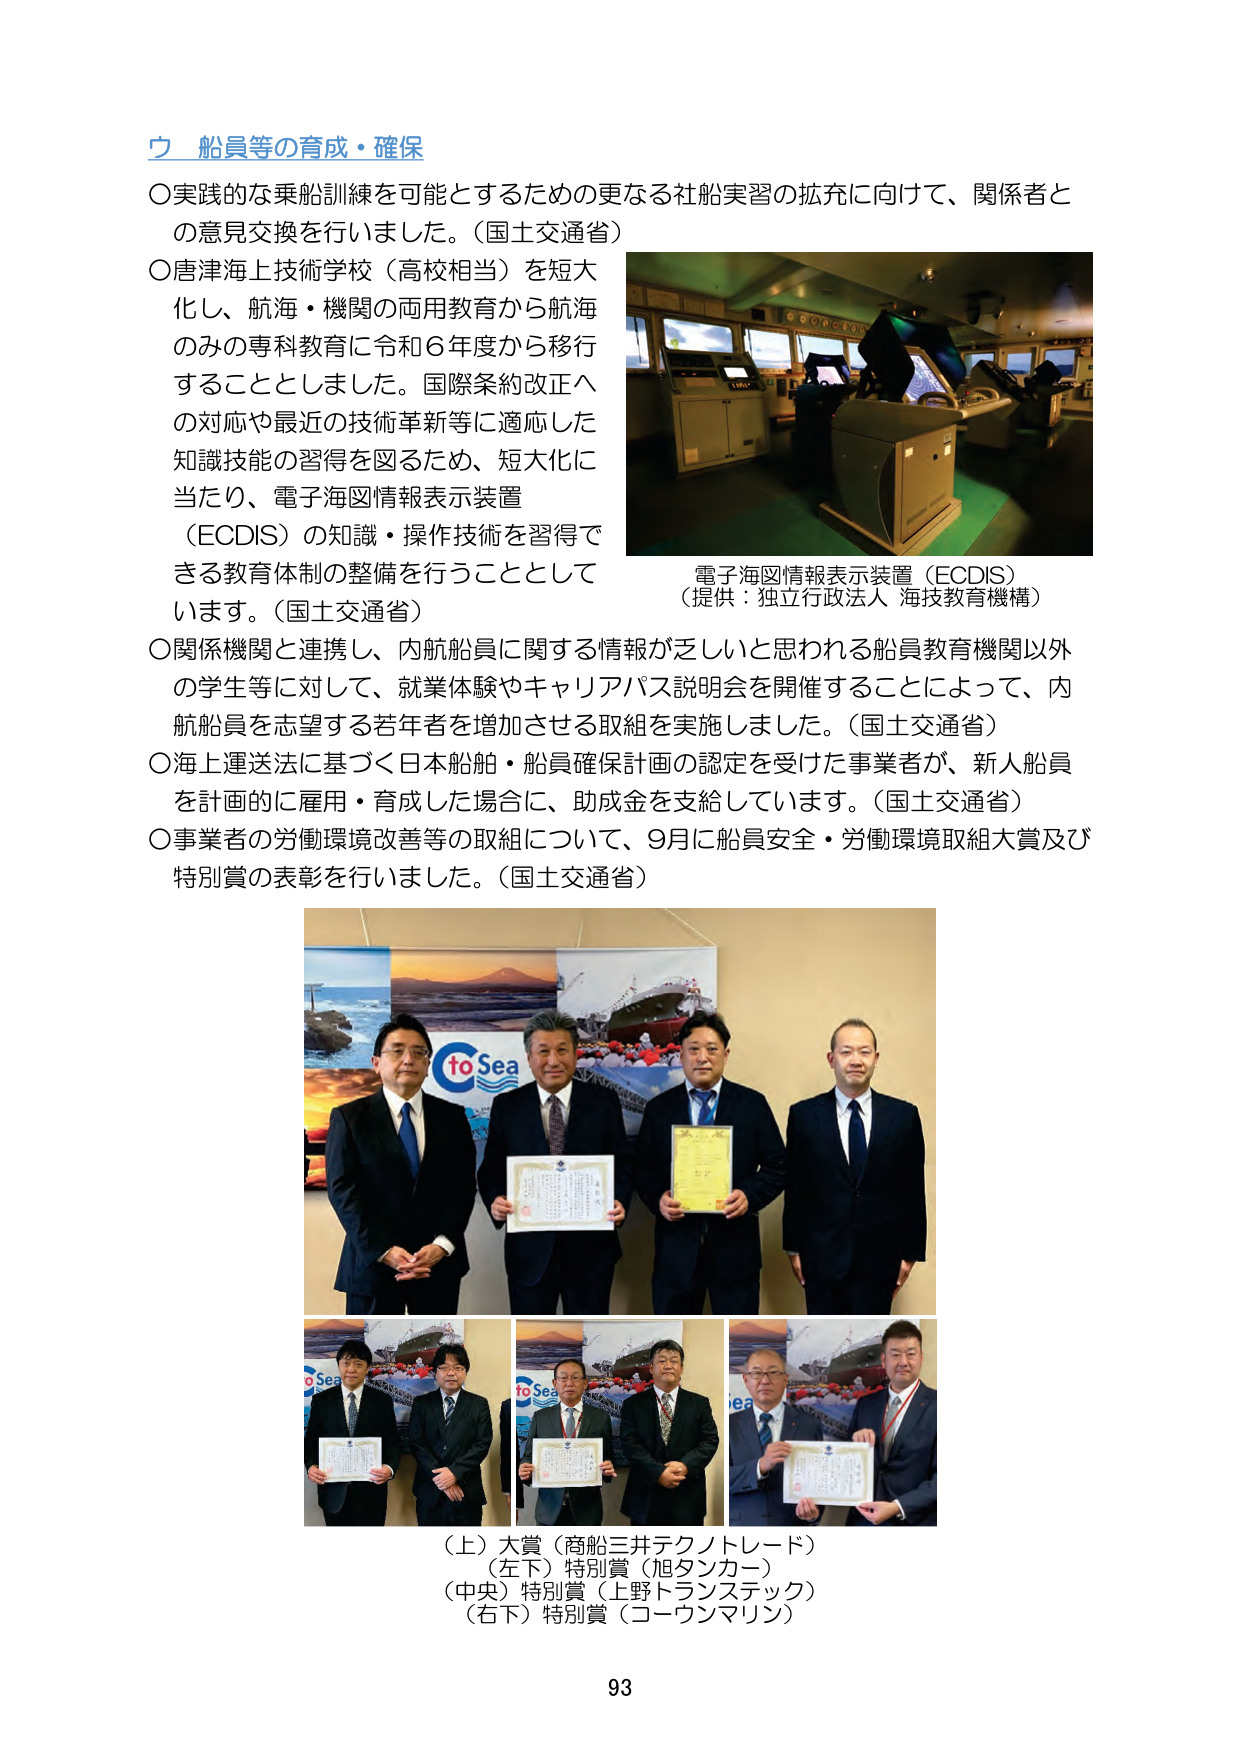
ウ 船員等の育成・確保
○実践的な乗船訓練を可能とするための更なる社船実習の拡充に向けて、関係者との意見交換を行いました。（国土交通省）
○唐津海上技術学校（高校相当）を短大化し、航海・機関の両用教育から航海のみの専科教育に令和6年度から移行することとしました。国際条約改正への対応や最近の技術革新等に適応した知識技能の習得を図るため、短大化に当たり、電子海図情報表示装置（ECDIS）の知識・操作技術を習得できる教育体制の整備を行うこととしています。（国土交通省）
○関係機関と連携し、内航船員に関する情報が乏しいと思われる船員教育機関以外の学生等に対して、就業体験やキャリアパス説明会を開催することによって、内航船員を志望する若年者を増加させる取組を実施しました。（国土交通省）
○海上運送法に基づく日本船舶・船員確保計画の認定を受けた事業者が、新人船員を計画的に雇用・育成した場合に、助成金を支給しています。（国土交通省）
○事業者の労働環境改善等の取組について、9月に船員安全・労働環境取組大賞及び特別賞の表彰を行いました。（国土交通省）

電子海図情報表示装置（ECDIS）
（提供：独立行政法人 海技教育機構）

（上）大賞（商船三井テクノトレード）
（左下）特別賞（旭タンカー）
（中央）特別賞（上野トランステック）
（右下）特別賞（コーウンマリン）

93